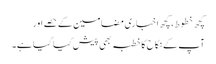
کچھ خطوط، کچھ اخباری مضامین کے حصے اور
آپ کے نکاح کا خطبہ بھی پیش کیا گیا ہے۔